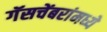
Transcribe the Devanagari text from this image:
गॅसचेंबरांमध्ये